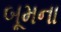
બૂમના